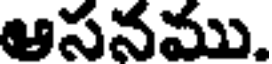
ఆసనము.